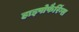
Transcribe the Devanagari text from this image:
हाइपोफैरिंग्स